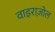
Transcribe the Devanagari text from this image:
वाइराज़ोल